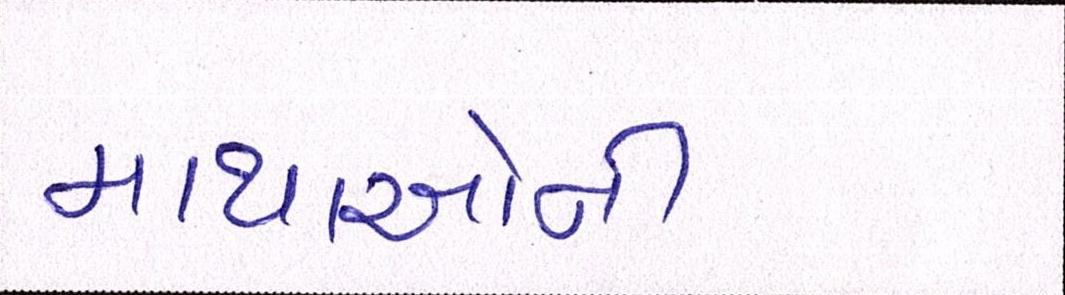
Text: માથાઓની